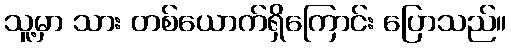
သူ့မှာ သား တစ်ယောက်ရှိကြောင်း ပြောသည်။